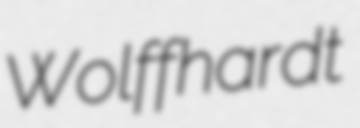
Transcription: Wolffhardt